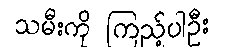
သမီးကို ကြည့်ပါဦး